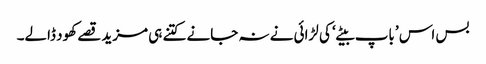
بس اس ’باپ بیٹے‘ کی لڑائی نے نہ جانے کتنے ہی مزید قصے کھود ڈالے۔